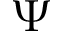
\Psi